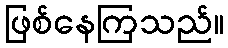
ဖြစ်နေကြသည်။